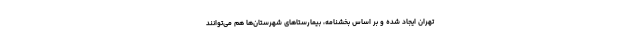
تهران ایجاد شده و بر اساس بخشنامه، بیمارستاهای شهرستان‌ها هم می‌توانند